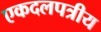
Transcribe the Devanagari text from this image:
एकदलपत्रीय